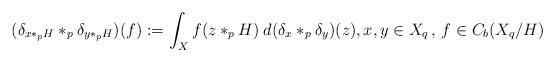
LaTeX: \begin{align*}(\delta_{x*_pH}*_p\delta_{y*_pH})(f):=\int_X f(z*_pH)\>d(\delta_{x}*_p\delta_{y})(z), x,y\in X_q\, , \, f\in C_b(X_q/H)\end{align*}